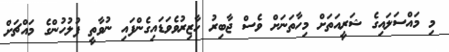
މި މައްސަލައިގެ ޝަރީއަތަށް މިހާތަނަށް ވެސް ޖާބިރު ހާޒިރުވެވަޑައިގެންފައި ނުވާތީ ފުލުހުންގެ މައްޗަށް